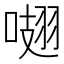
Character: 𠺏